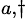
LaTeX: ^{a,\dagger}